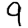
Digit: 9